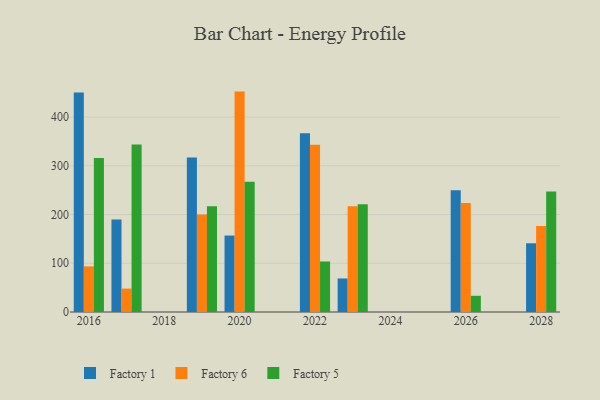
{"axis": {"x": "Year", "y": "Production Output"}, "legend": ["Factory 1", "Factory 5", "Factory 6"], "data": [{"x": "2022", "y": 367.0, "type": "Factory 1"}, {"x": "2022", "y": 343.2, "type": "Factory 6"}, {"x": "2022", "y": 103.7, "type": "Factory 5"}, {"x": "2019", "y": 317.1, "type": "Factory 1"}, {"x": "2019", "y": 200.3, "type": "Factory 6"}, {"x": "2019", "y": 216.9, "type": "Factory 5"}, {"x": "2023", "y": 68.8, "type": "Factory 1"}, {"x": "2023", "y": 217.0, "type": "Factory 6"}, {"x": "2023", "y": 221.1, "type": "Factory 5"}, {"x": "2017", "y": 189.8, "type": "Factory 1"}, {"x": "2017", "y": 48.0, "type": "Factory 6"}, {"x": "2017", "y": 343.9, "type": "Factory 5"}, {"x": "2020", "y": 156.9, "type": "Factory 1"}, {"x": "2020", "y": 452.3, "type": "Factory 6"}, {"x": "2020", "y": 267.5, "type": "Factory 5"}, {"x": "2016", "y": 450.5, "type": "Factory 1"}, {"x": "2016", "y": 93.6, "type": "Factory 6"}, {"x": "2016", "y": 316.2, "type": "Factory 5"}, {"x": "2026", "y": 250.1, "type": "Factory 1"}, {"x": "2026", "y": 223.9, "type": "Factory 6"}, {"x": "2026", "y": 33.3, "type": "Factory 5"}, {"x": "2028", "y": 141.0, "type": "Factory 1"}, {"x": "2028", "y": 176.7, "type": "Factory 6"}, {"x": "2028", "y": 247.1, "type": "Factory 5"}]}